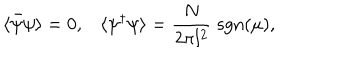
LaTeX: \langle \bar { \psi } \psi \rangle = 0 , \langle \psi ^ { \dagger } \psi \rangle = \frac { N } { 2 \pi l ^ { 2 } } \; \mathrm { s g n } ( \mu ) ,